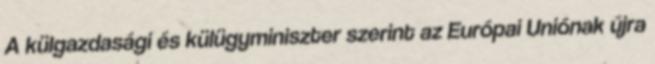
A külgazdasági és külügyminiszter szerint az Európai Uniónak újra